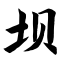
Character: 坝